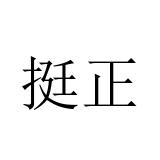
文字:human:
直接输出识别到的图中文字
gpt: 挺正